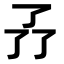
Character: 𠄕